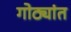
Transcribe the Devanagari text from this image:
गोठ्यांत